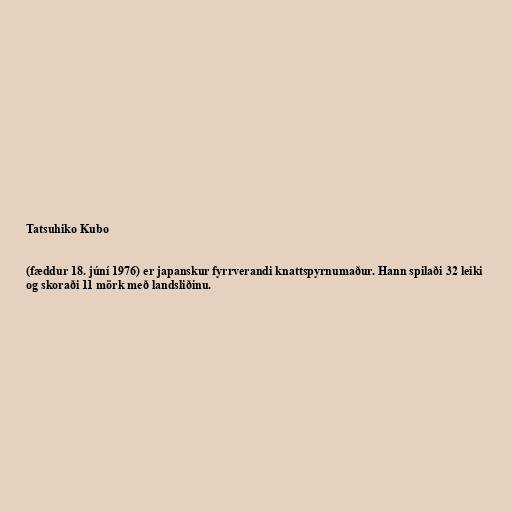
Tatsuhiko Kubo

(fæddur 18. júní 1976) er japanskur fyrrverandi knattspyrnumaður. Hann spilaði 32 leiki
og skoraði 11 mörk með landsliðinu.